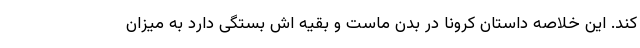
کند. این خلاصه داستان کرونا در بدن ماست و بقیه اش بستگی دارد به میزان